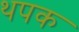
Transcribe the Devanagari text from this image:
थपक